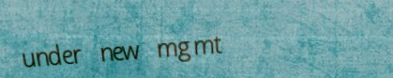
under new mgmt